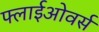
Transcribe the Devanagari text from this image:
फ्लाईओवर्स